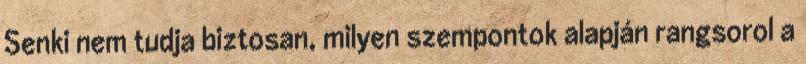
Senki nem tudja biztosan, milyen szempontok alapján rangsorol a